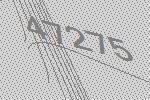
47275